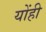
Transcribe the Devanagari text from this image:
योंही